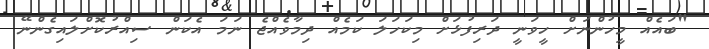
"ބައެއް މީހުންނަށް ހީވަނީ ދަރިފުޅަށް މިކަހަލަ ކަމެއް ދިމާވެއްޖެ ނަމަ އެކަން ސިއްރުކޮށްލައިގެންނޭ